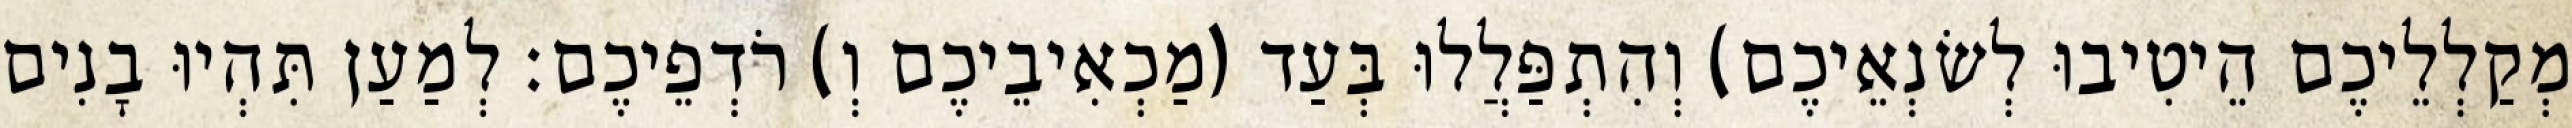
מְקַלְלֵיכֶם הֵיטִיבוּ לְשׂנְאֵיכֶם) וְהִתְפַּלֲלוּ בְּעַד (מַכְאִיבֵיכֶם וְ) רֹדְפֵיכֶם׃ לְמַעַן תִּהְיוּ בָנִים